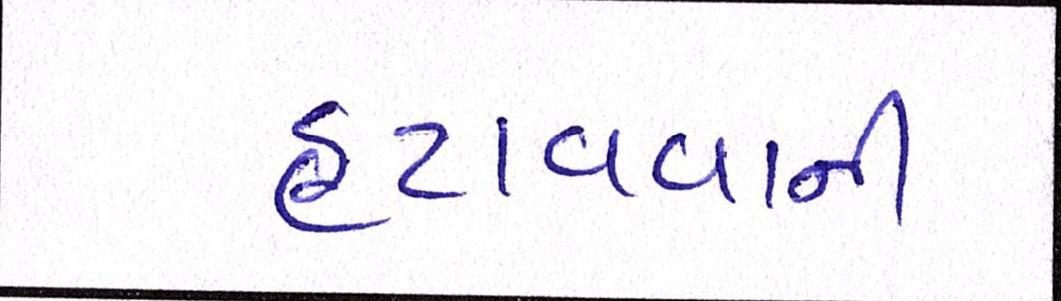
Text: હટાવવાની